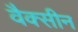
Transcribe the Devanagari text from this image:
वैक्‍सीन